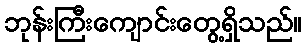
ဘုန်းကြီးကျောင်းတွေ့ရှိသည်။